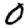
Digit: 0